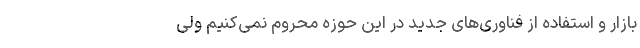
بازار و استفاده از فناوری‌های جدید در این حوزه محروم نمی‌کنیم ولی